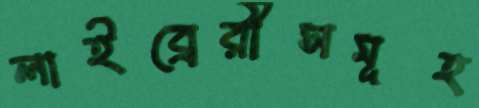
লাইব্রেরীসমূহ